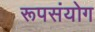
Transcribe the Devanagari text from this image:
रूपसंयोग